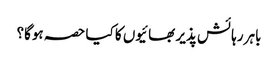
باہر رہائش پذیر بھائیوں کا کیا حصہ ہوگا؟